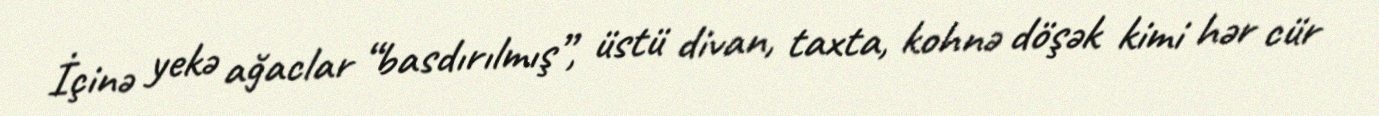
İçinə yekə ağaclar “basdırılmış”, üstü divan, taxta, kohnə döşək kimi hər cür